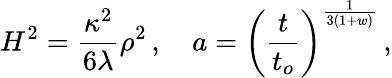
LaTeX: H^{2}=\frac{\kappa^{2}}{6\lambda}\rho^{2}\, ,~~~~a=\left(\frac{t}{t_{o}}\right)^{\frac{1}{3(1+w)}}\, ,